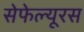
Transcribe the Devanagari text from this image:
सेफेल्यूरस